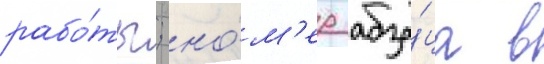
рабо́ты; но́м'ер абза́ца в